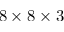
8 \times 8 \times 3